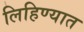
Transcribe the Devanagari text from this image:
लिहिण्‍यात